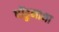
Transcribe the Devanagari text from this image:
धोंडुमामा